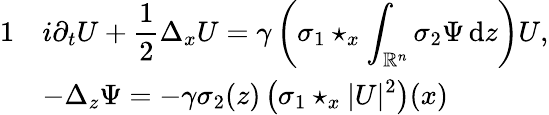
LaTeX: \begin{array}{rl}{{1}}&{\displaystyle i\partial_{t}U+\frac{1}{2}\Delta_{x}U=\gamma\left(\sigma_{1}\star_{x}\int_{\mathbb R^{n}}\sigma_{2}\Psi\, {\mathrm{d}}z\right)U,}\\ &{\displaystyle-\Delta_{z}\Psi=-\gamma\sigma_{2}(z)\left(\sigma_{1}\star_{x}|U|^{2}\right)(x)}\end{array}